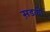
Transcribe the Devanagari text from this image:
स़डकों